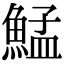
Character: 鯭